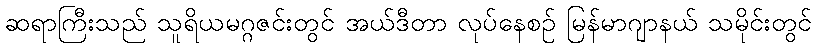
ဆရာကြီးသည် သူရိယမဂ္ဂဇင်းတွင် အယ်ဒီတာ လုပ်နေစဉ် မြန်မာဂျာနယ် သမိုင်းတွင်